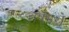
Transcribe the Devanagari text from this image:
अपभ्रंशे